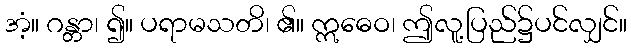
အံ့။ ဂန္တာ၊ ၍။ ပရာမသတိ၊ ၏။ ဣဓေဝ၊ ဤလူ့ပြည်၌ပင်လျှင်။